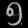
Digit: ၅